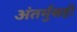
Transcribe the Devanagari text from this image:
अंतर्मुखही